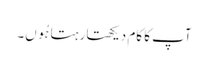
آپ کا کام دیکھتا رہتا ہُوں۔